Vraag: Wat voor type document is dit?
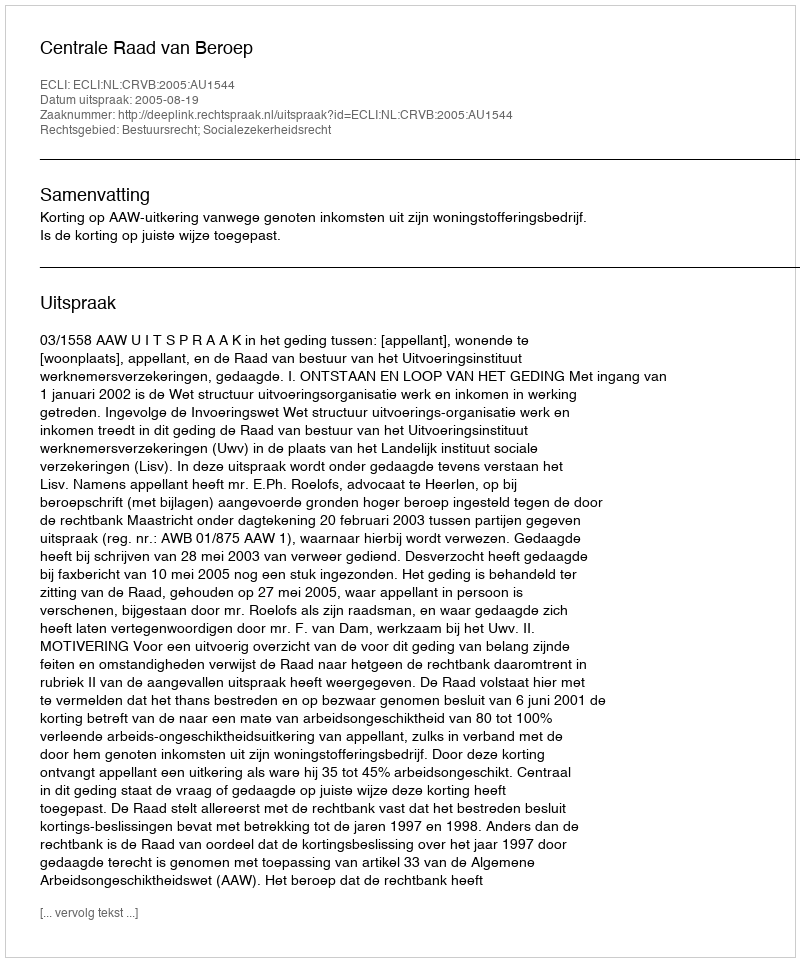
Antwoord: Uitspraak